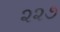
૨૨૭